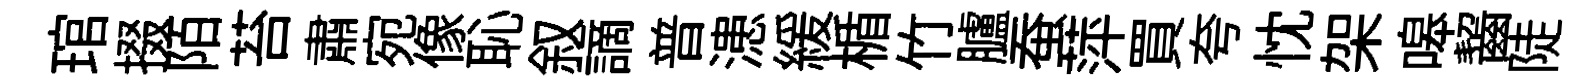
琯掇陌苔肅宛像恥叙謫普漶緩楯竹臚蚕萍買夸忱架嗥齧陡